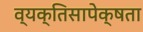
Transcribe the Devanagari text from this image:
व्यक्तिसापेक्षता